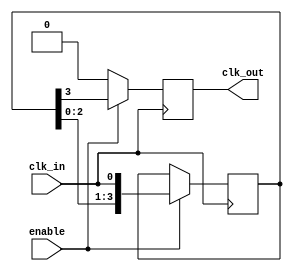
module delay_clock_buffer #(
    parameter DELAY_CYCLES = 4  // Number of clock cycles to delay
)(
    input wire clk_in,           // Input clock signal
    input wire enable,           // Enable signal
    output reg clk_out           // Output delayed clock signal
);

    // Internal signals for the delay line
    reg [DELAY_CYCLES-1:0] delay_line;

    always @(posedge clk_in) begin
        if (enable) begin
            // Shift the delay line
            delay_line <= {delay_line[DELAY_CYCLES-2:0], clk_in};
            // Output the last stage of the delay line
            clk_out <= delay_line[DELAY_CYCLES-1];
        end else begin
            // If not enabled, hold clk_out low
            clk_out <= 1'b0;
        end
    end

endmodule